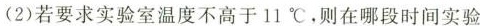
(2)若要求实验室温度不高于11℃，则在哪段时间实验